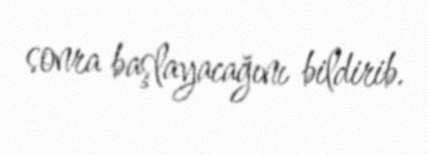
sonra başlayacağını bildirib.